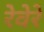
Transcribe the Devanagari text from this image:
रेवेरे